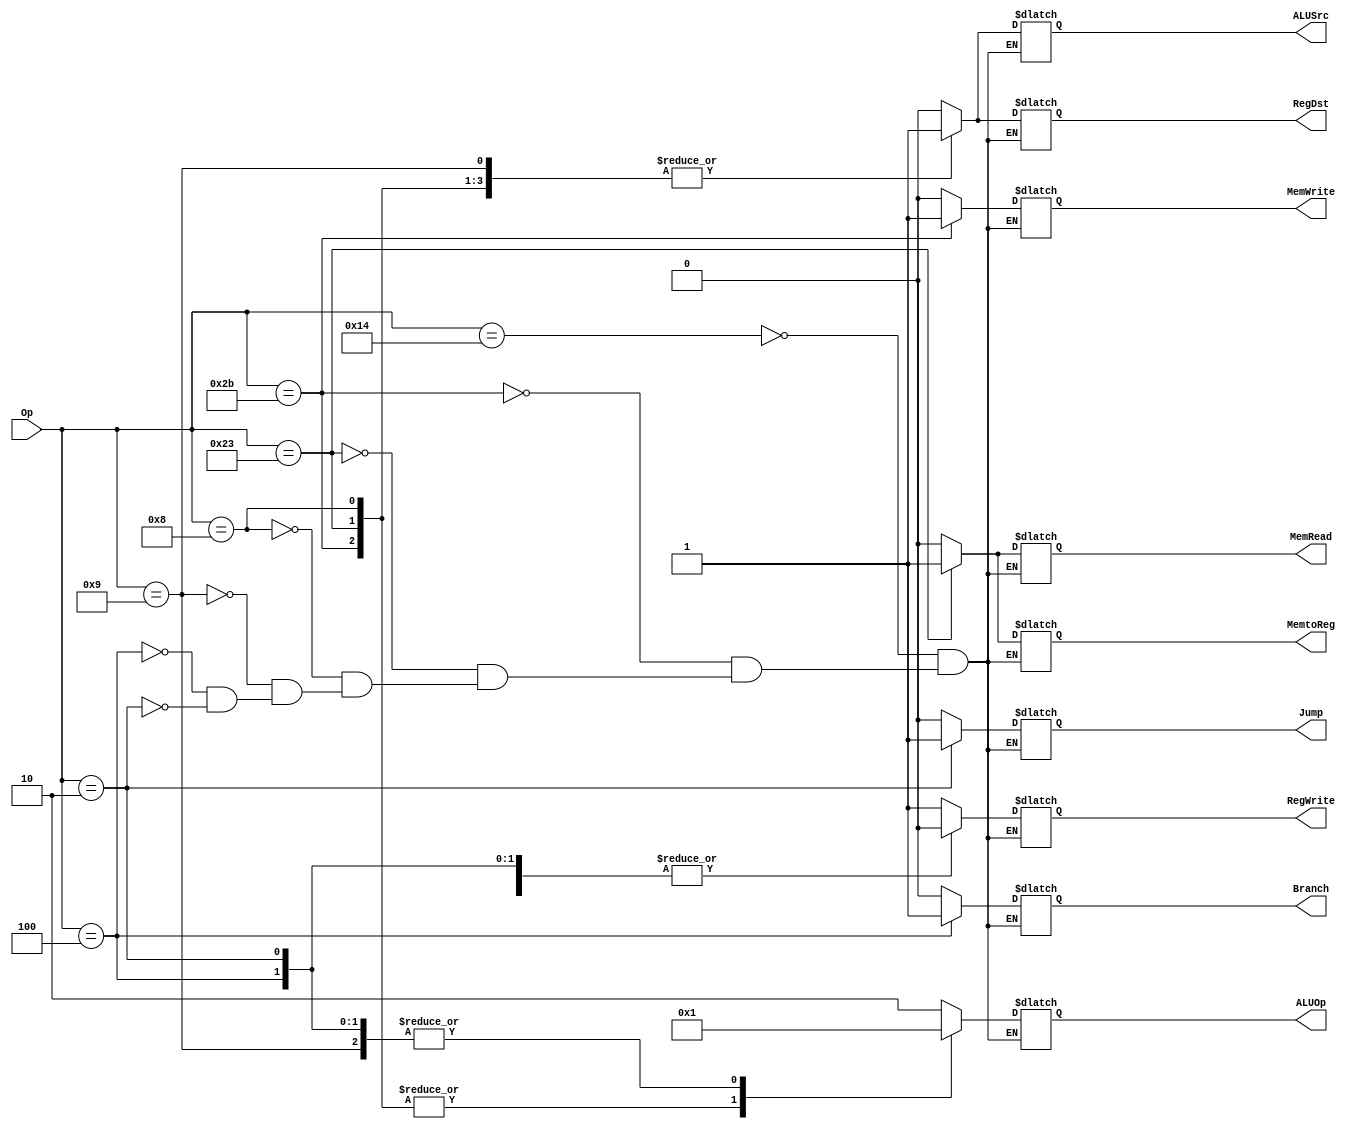
module Control(
	input [5:0] Op,
 	output reg [1:0] ALUOp,
 	output reg RegDst,
 	output reg MemRead,
 	output reg MemtoReg,
 	output reg MemWrite,
 	output reg ALUSrc,
 	output reg RegWrite,
 	output reg Jump,
 	output reg Branch
 	);
always @(Op)begin
case(Op)
	6'd20:begin
		ALUOp<=2'b10;
		RegDst<=0;
		MemRead<=0;
		MemWrite<=0;
		MemtoReg<=0;
		ALUSrc<=0;
		RegWrite<=1;
		Jump<=0;
		Branch<=0;
	end
	6'd43:begin
		ALUOp<=2'b00;
		RegDst<=1;
		MemRead<=0;
		MemWrite<=1;
		MemtoReg<=0;
		ALUSrc<=1;
		RegWrite<=0;
		Jump<=0;
		Branch<=0;
	end
	6'd35:begin
		ALUOp<=2'b00;
		RegDst<=1;
		MemRead<=1;
		MemWrite<=0;
		MemtoReg<=1;
		ALUSrc<=1;
		RegWrite<=1;
		Jump<=0;
		Branch<=0;
	end
	6'd8:begin
		ALUOp<=2'b00;
		RegDst<=1;
		MemRead<=0;
		MemWrite<=0;
		MemtoReg<=0;
		ALUSrc<=1;
		RegWrite<=1;
		Jump<=0;
		Branch<=0;
	end
	6'd9:begin
		ALUOp<=2'b01;
		RegDst<=1;
		MemRead<=0;
		MemtoReg<=0;
		MemWrite<=0;
		ALUSrc<=1;
		RegWrite<=1;
		Jump<=0;
		Branch<=0;
	end
	6'd4:begin
		ALUOp<=2'b01;
		RegDst<=0;
		MemRead<=0;
		MemWrite<=0;
		MemtoReg<=0;
		ALUSrc<=0;
		RegWrite<=0;
		Jump<=0;
		Branch<=1;
	end
	6'd2:begin
		ALUOp<=2'b01;
		RegDst<=0;
		MemRead<=0;
		MemWrite<=0;
		MemtoReg<=0;
		ALUSrc<=0;
		RegWrite<=0;
		Jump<=1;
		Branch<=0;
	end
endcase

end
endmodule